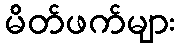
မိတ်ဖက်များ